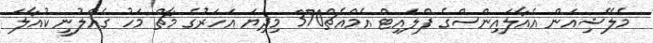
މެލޭޝިއަން އެއާލައިންސްގެ ފްލައިޓް އެމްއެޗް370 މިދިޔަ އަހަރުގެ މާޗް މަހު ގެއްލުނީ ކުއާލަ